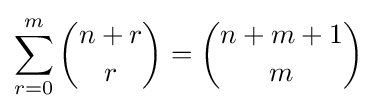
\sum _{r=0}^{m}{\binom {n+r}{r}}={\binom {n+m+1}{m}}